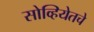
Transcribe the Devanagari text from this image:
सोव्हियेतचे